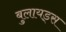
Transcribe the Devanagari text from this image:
बुलायड्स